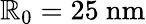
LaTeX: \mathbb{R}_{0}=25~\mathrm{{nm}}